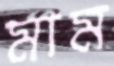
মাম